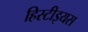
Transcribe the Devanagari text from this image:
हिस्टीइयस